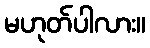
မဟုတ်ပါလား။